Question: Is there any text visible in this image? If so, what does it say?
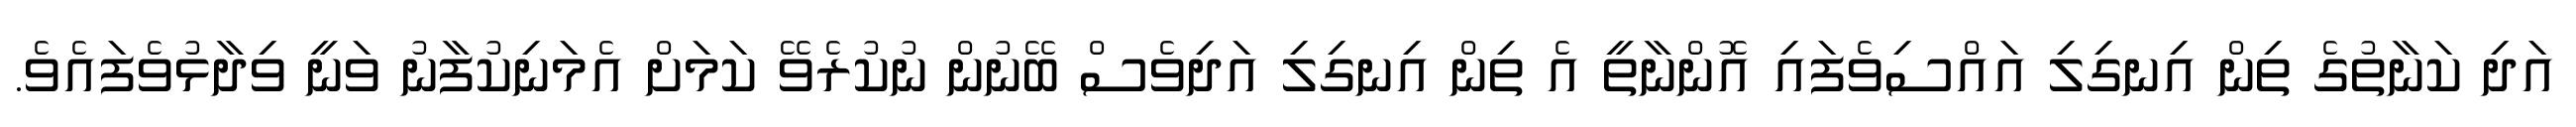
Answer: އަދި ކަނާތުގެ ތިން އިނގިލި އައްސިވެފައި އޮންނާތީ އެ ތިން އިނގިލި އަދިވެސް ބޭނުން ނުކުރެވޭ ކަމަށް އެމަނިކުފާނު ވަނީ ވިދާޅުވެފައެވެ.